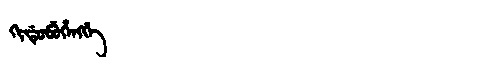
Manchu: ᡴᡳᡩᡠᠪᡠᡥᡝᠩᡤᡝ
Romanization: KIDUBUHENGGE